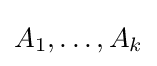
A_{1},\ldots ,A_{k}